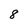
Character: 8